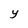
Character: Y